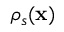
\rho _ { s } ( { \bf x } )